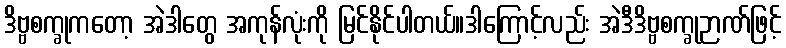
ဒိဗ္ဗစက္ခုကတော့ အဲဒါတွေ အကုန်လုံးကို မြင်နိုင်ပါတယ်။ဒါကြောင့်လည်း အဲဒီဒိဗ္ဗစက္ခုဉာဏ်ဖြင့်